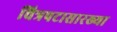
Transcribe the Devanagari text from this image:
चित्रपटासारख्या